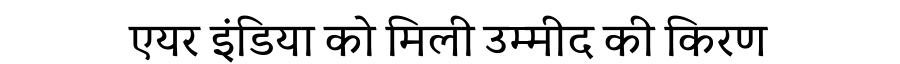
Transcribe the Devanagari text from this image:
एयर इंडिया को मिली उम्मीद की किरण